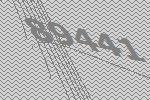
89441